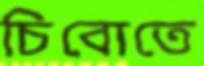
চিবোতে